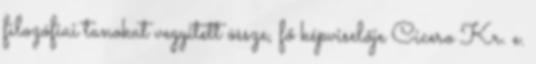
filozófiai tanokat vegyített össze, fő képviselője Cicero Kr. e.